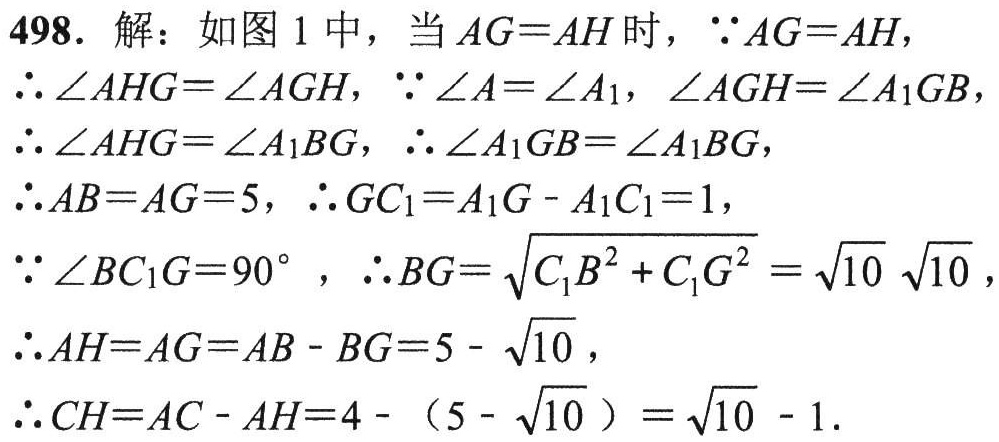
498. 解：如图 1 中，当 \(AG = AH\) 时，\(\because AG = AH\)，
\(\therefore \angle AHG=\angle AGH\)，\(\because \angle A=\angle A_1\)，\(\angle AGH=\angle A_1GB\)，
\(\therefore \angle AHG=\angle A_1BG\)，\(\therefore \angle A_1GB=\angle A_1BG\)，
\(\therefore AB = AG = 5\)，\(\therefore GC_1=A_1G - A_1C_1 = 1\)，
\(\because \angle BC_1G = 90^{\circ}\)，\(\therefore BG=\sqrt{C_1B^{2}+C_1G^{2}}=\sqrt{10}\sqrt{10}\)，
\(\therefore AH = AG = AB - BG = 5-\sqrt{10}\)，
\(\therefore CH = AC - AH = 4-(5 - \sqrt{10})=\sqrt{10}-1\).